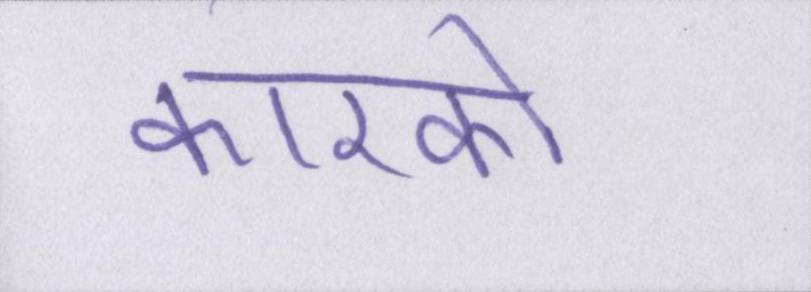
कारको